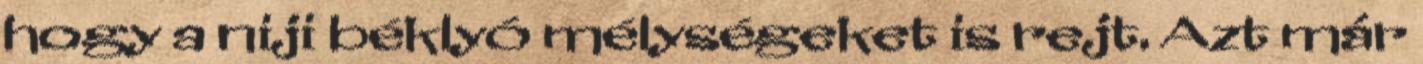
hogy a niji béklyó mélységeket is rejt. Azt már